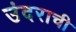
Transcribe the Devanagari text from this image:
उंदराची